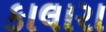
કાલારા